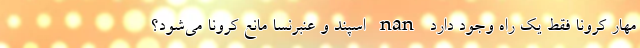
مهار کرونا فقط یک راه وجود دارد nan اسپند و عنبرنسا مانع کرونا می‌شود؟